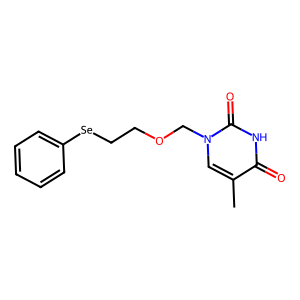
SMILES: Cc1cn(COCC[Se]c2ccccc2)c(=O)[nH]c1=O
Inhibits HIV replication: No